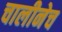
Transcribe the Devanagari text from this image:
चालीनेच